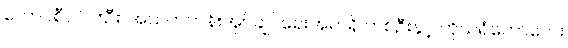
ကောင်စီဝင် ၆ဦး၊ အထက်တန်းအုပ်ချုပ်ရေးအရာရှိ တစ်ဦးနှင့် ကိုယ်ရံတော်လေး